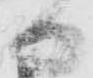
日